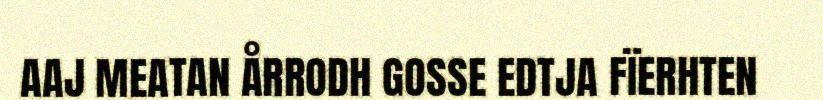
AAJ MEATAN ÅRRODH GOSSE EDTJA FÏERHTEN